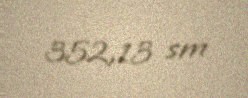
352,13 sm